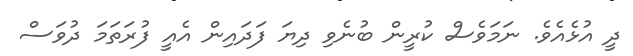
ދީ އުޅެއެވެ. ނަމަވެސް ކުރީން ބުނެވި ދިޔަ ފަދައިން އެއީ ފުރަތަމަ ދުވަސް